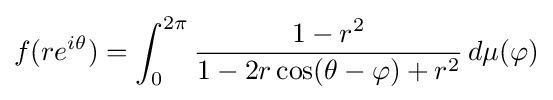
f(re^{i\theta })=\int _{0}^{2\pi }{1-r^{2} \over 1-2r\cos(\theta -\varphi )+r^{2}}\,d\mu (\varphi )